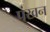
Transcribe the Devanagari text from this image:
पंखन